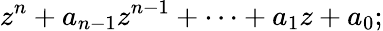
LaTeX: z^{n}+a_{n-1}z^{n-1}+\cdots+a_{1}z+a_{0};